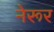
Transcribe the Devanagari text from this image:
नेरूर